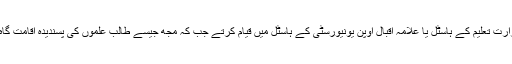
مالی لحاظ سے مستحکم طلبا و طالبات تو وزارت تعلیم کے ہاسٹل یا علامہ اقبال اوپن یونیورسٹی کے ہاسٹل میں قیام کرتے جب کہ مجھ جیسے طالب علموں کی پسندیدہ اقامت گاہ ڈاکٹر نثار احمد قریشی کا گھر ہی قرار پاتا۔